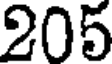
205